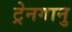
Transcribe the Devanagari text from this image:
ट्रेनगानु